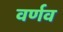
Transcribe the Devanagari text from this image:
वर्णव